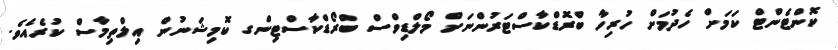
ކޮންޓެންޓް ކަމަށް ހެދުމަށް ހުރިހާ ބްރޮޑްކާސްޓަރުންނަށް މޯލްޑިވްސް ބްރޯޑްކާސްޓިންގ ކޮމިޝަނުން އިލްތިމާސް ކުރެއެވެ.